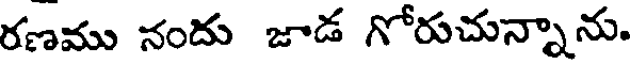
రణము నందు జాడ గోరుచున్నాను.